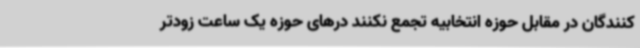
کنندگان در مقابل حوزه انتخابیه تجمع نکنند درهای حوزه یک ساعت زودتر